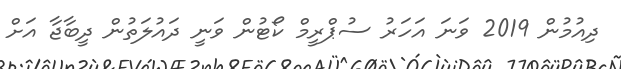
ދިއުމުން 2019 ވަނަ އަހަރު ސުޕްރީމް ކޯޓުން ވަނީ ދައުލަތުން ދީބާޖާ އަށް